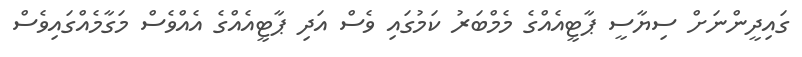
ގައިދީންނަށް ސިޔާސީ ޕާޓީއެއްގެ މެމްބަރު ކަމުގައި ވެސް އަދި ޕާޓީއެއްގެ އެއްވެސް މަގާމެއްގައިވެސް